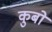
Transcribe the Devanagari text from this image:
कुबो